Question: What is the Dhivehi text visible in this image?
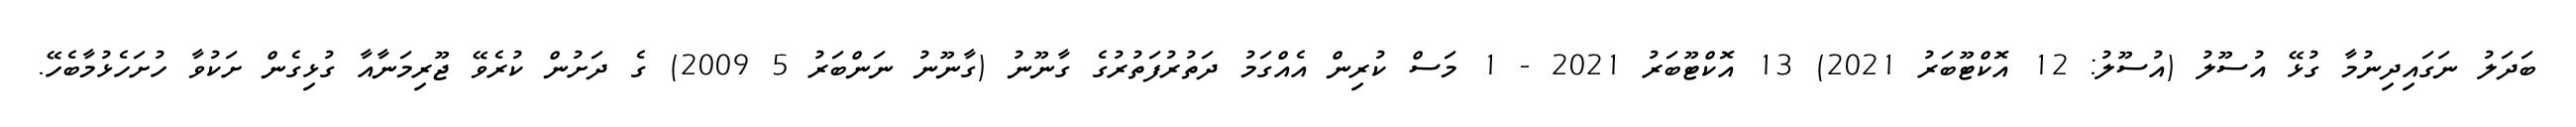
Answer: ބަދަލު ނަގައިދިނުމާ ގުޅޭ އުސޫލު (އުސޫލު: 12 އޮކްޓޫބަރު 2021) 13 އޮކްޓޫބަރު 2021 - 1 މަސް ކުރިން އެއްގަމު ދަތުރުފަތުރުގެ ގާނޫނު (ގާނޫނު ނަންބަރު 5 2009) ގެ ދަށުން ކުރެވޭ ޖޫރިމަނާއާ ގުޅިގެން ށަކުވާ ހުށަހެޅުމާބެހޭ.